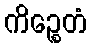
ကိဉ္စေတံ